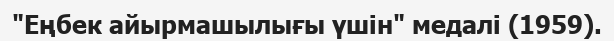
"Еңбек айырмашылығы үшін" медалі (1959).